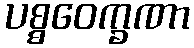
ပစ္စဝေက္ခဏာ